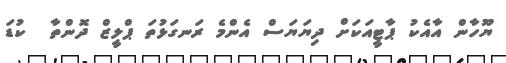
ޔޫހާން އާއެކު ޕާޓީއަކަށް ދިޔަޔަސް އެންމެ ރަނގަޅުތަ ޕްލީޒް ދޮންތާ  ކުޑަ